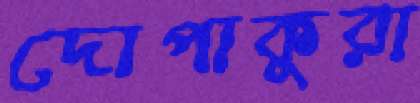
দোপাকুরা